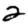
Digit: 2